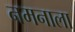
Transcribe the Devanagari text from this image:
नमनाला